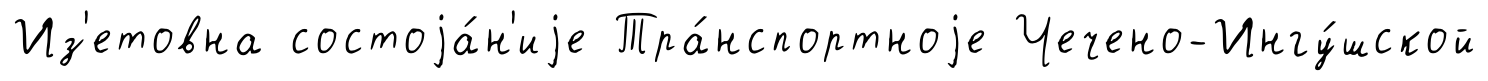
Из'етовна состоjа́н'иjе Тра́нспортноjе Чечено-Ингу́шской